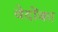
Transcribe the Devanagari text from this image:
वेदोंका